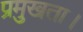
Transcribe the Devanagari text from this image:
प्रमुखता।